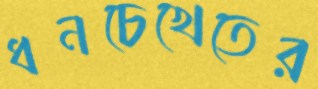
ধনচেখেতের